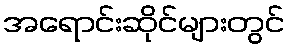
အရောင်းဆိုင်များတွင်